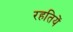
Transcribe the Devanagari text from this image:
रहतियें